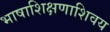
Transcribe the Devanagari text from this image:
भाषाशिक्षणाशिवय